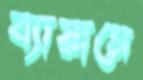
ব্যায়ামে